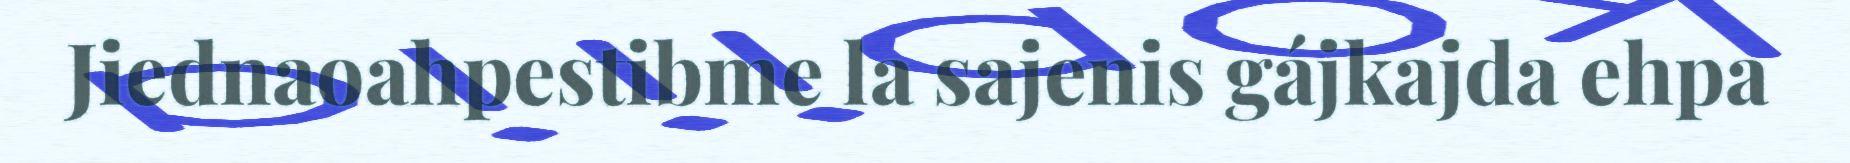
Jiednaoahpestibme la sajenis gájkajda ehpa